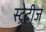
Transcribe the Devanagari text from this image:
स्ट्रेटीज